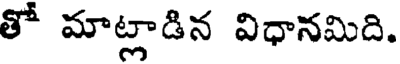
తో మాట్లాడిన విధానమిది.